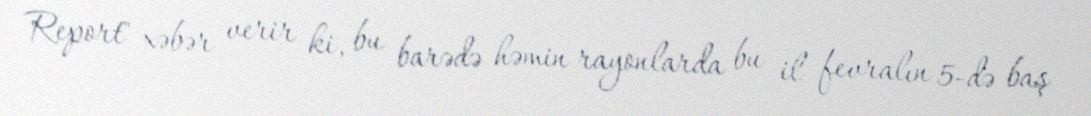
Report" xəbər verir ki, bu barədə həmin rayonlarda bu il fevralın 5-də baş